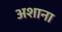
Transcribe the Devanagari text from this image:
अशाना